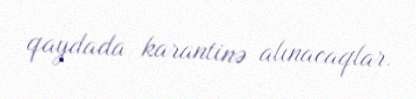
qaydada karantinə alınacaqlar.